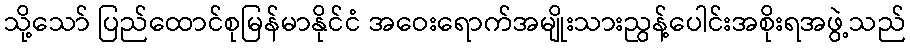
သို့သော် ပြည်ထောင်စုမြန်မာနိုင်ငံ အဝေးရောက်အမျိုးသားညွန့်ပေါင်းအစိုးရအဖွဲ့သည်